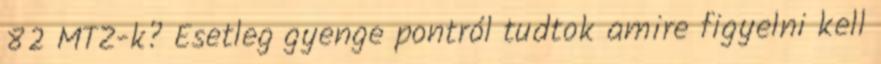
82 MTZ-k? Esetleg gyenge pontról tudtok amire figyelni kell